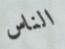
الناس